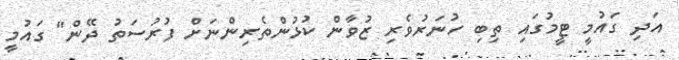
އަދި ގައުމީ ޓީމުގައި ތިބި ހުނަރުވެރި ޒުވާން ކުޅުންތެރިންނަށް ފުރުސަތު ދޭން" ގައުމީ